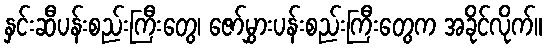
နှင်းဆီပန်းစည်းကြီးတွေ၊ ဇော်မွှားပန်းစည်းကြီးတွေက အခိုင်လိုက်။